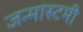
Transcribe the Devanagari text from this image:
जन्मास्टमी